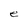
Character: e